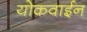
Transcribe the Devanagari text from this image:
योकवाईन